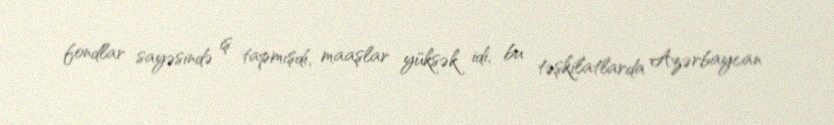
fondlar sayəsində iş tapmışdı, maaşlar yüksək idi, bu təşkilatlarda Azərbaycan